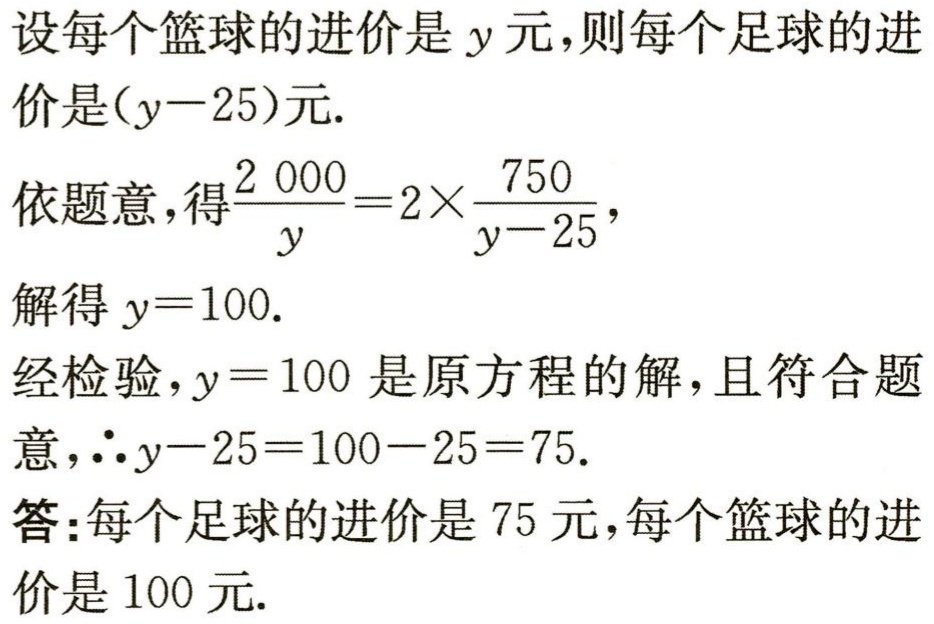
设每个篮球的进价是\(y\)元，则每个足球的进价是\((y - 25)\)元.

依题意，得\(\frac{2000}{y}=2\times\frac{750}{y - 25}\)，

解得\(y = 100\).

经检验，\(y = 100\)是原方程的解，且符合题意，\(\therefore y - 25 = 100 - 25 = 75\).

答：每个足球的进价是\(75\)元，每个篮球的进价是\(100\)元.